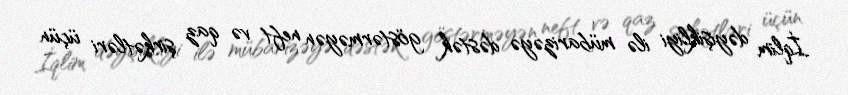
İqlim dəyişikliyi ilə mübarizəyə dəstək göstərməyən neft və qaz şirkətləri üçün